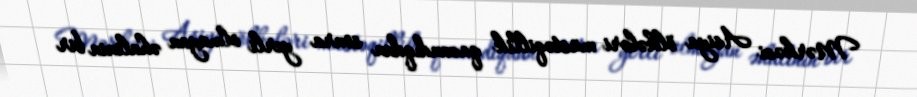
Mərkəzi Asiya ölkələri müstəqillik qazandıqdan sonra yerli olmayan əhalinin bir